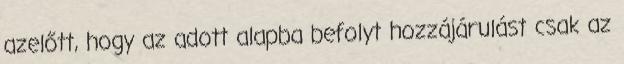
azelőtt, hogy az adott alapba befolyt hozzájárulást csak az